65_HS1-834228961_62-HQ-83894_Section_7
Agency: FBI
Page 48
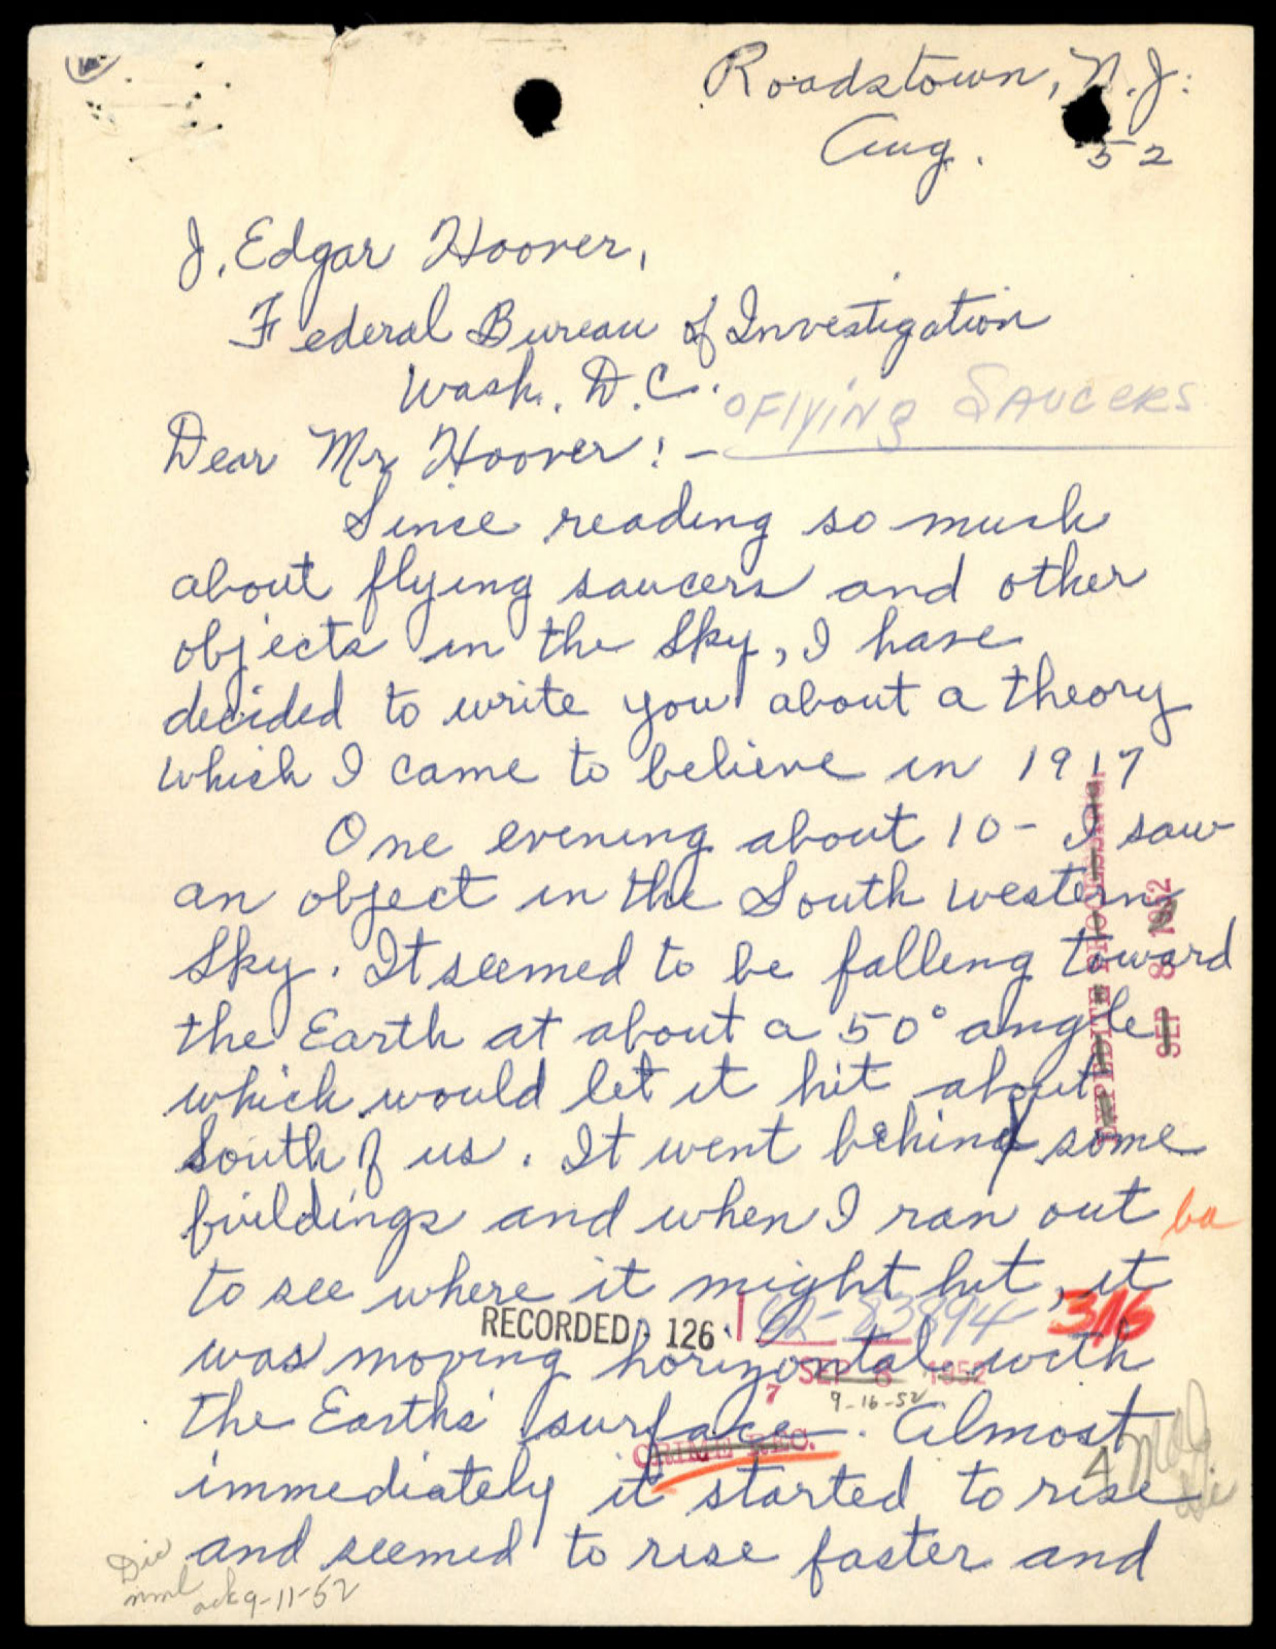